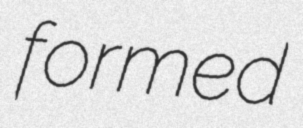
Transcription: formed